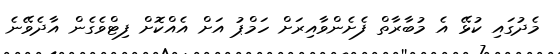
މެދުގައި ކުޅޭ އެ މުބާރާތް ފެށެންވާއިރަށް ހަމްޕު އަށް އެެއްކޮށް ފިޓްވެގެން އާދެވޭނެ